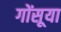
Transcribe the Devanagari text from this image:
गोंसूया